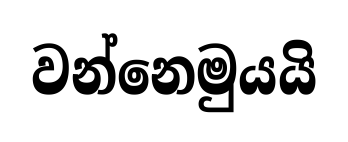
වන්නෙමුයයි